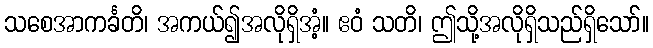
သစေအာကင်္ခတိ၊ အကယ်၍အလိုရှိအံ့။ ဧဝံ သတိ၊ ဤသို့အလိုရှိသည်ရှိသော်။